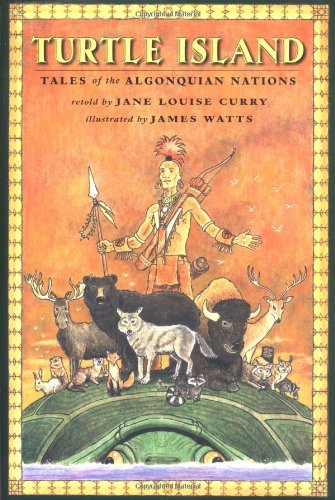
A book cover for Turtle Island: Tales of the Algonquian Nations; Jane Louise Curry; Children's Books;